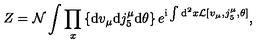
Z = { \cal N } \int \prod _ { x } \left\{ \mathrm { d } v _ { \mu } \mathrm { d } j _ { 5 } ^ { \mu } \mathrm { d } \theta \right\} e ^ { \mathrm { i } \int \mathrm { d } ^ { 2 } x { \cal L } [ v _ { \mu } , j _ { 5 } ^ { \mu } , \theta ] } ,